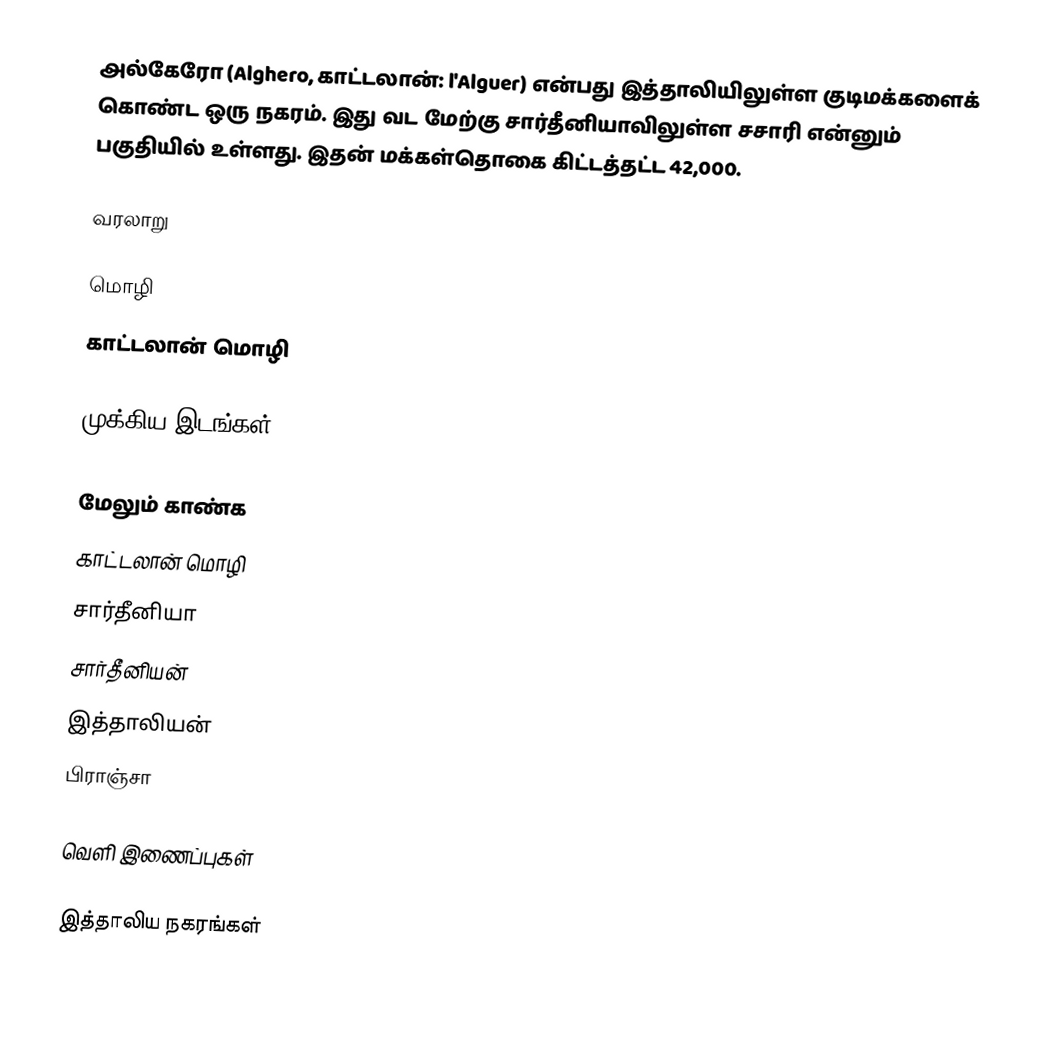
அல்கேரோ (Alghero, காட்டலான்: l'Alguer) என்பது இத்தாலியிலுள்ள குடிமக்களைக் கொண்ட ஒரு நகரம். இது வட மேற்கு சார்தீனியாவிலுள்ள சசாரி என்னும் பகுதியில் உள்ளது. இதன் மக்கள்தொகை கிட்டத்தட்ட 42,000.

வரலாறு

மொழி
காட்டலான் மொழி

முக்கிய இடங்கள்

மேலும் காண்க
 காட்டலான் மொழி
 சார்தீனியா
 சார்தீனியன்
 இத்தாலியன்
 பிராஞ்சா

வெளி இணைப்புகள்

இத்தாலிய நகரங்கள்